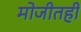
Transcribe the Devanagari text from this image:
मोजीतही